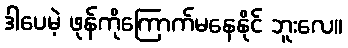
ဒါပေမဲ့ ဖုန်ကိုကြောက်မနေနိုင် ဘူးလေ။